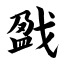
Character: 戤